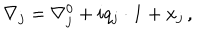
\nabla _ { j } = \nabla _ { j } ^ { 0 } + i q _ { j } \cdot { \bf 1 } + x _ { j } \, ,